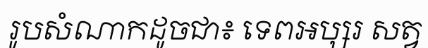
រូបសំណាកដូចជា៖ ទេពអប្សរ សត្វ